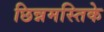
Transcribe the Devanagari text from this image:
छिन्नमस्तिके